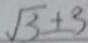
\sqrt { 3 } \pm 3